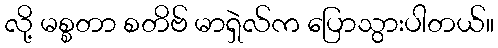
လို့ မစ္စတာ စတိဗ် မာရှဲလ်က ပြောသွားပါတယ်။